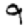
Digit: 9